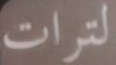
لترات